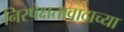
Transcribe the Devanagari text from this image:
निरपेक्षतावादाच्या